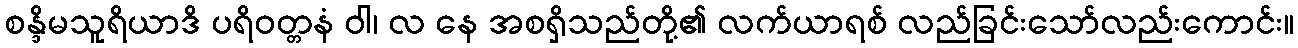
စန္ဒိမသူရိယာဒိ ပရိဝတ္တနံ ဝါ၊ လ နေ အစရှိသည်တို့၏ လက်ယာရစ် လည်ခြင်းသော်လည်းကောင်း။